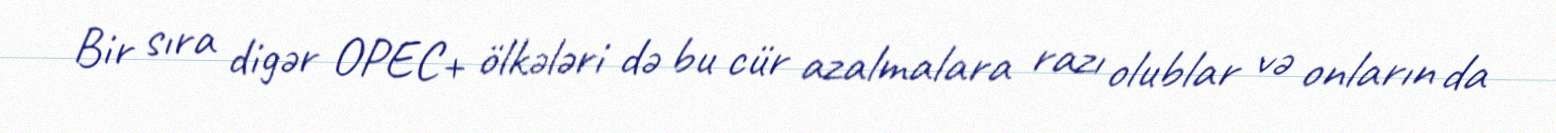
Bir sıra digər OPEC+ ölkələri də bu cür azalmalara razı olublar və onların da